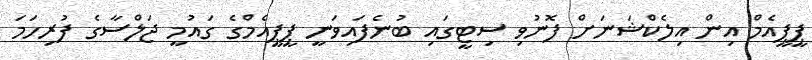
ޕީޕީއެމް އިން އިލެކްޝަނަށް ފޮނުވި ސިޓީގައި ބުނެފައިވަނީ ޕީޕީއެމްގެ ގައުމީ ޖަލްސާގެ ފުރިހަމަ